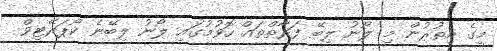
މީގެ އިތުރުން މި ލޯނު ލިބޭ ފަރާތްތައް ހޮވުމުގައި ލޯނު ލިބޭނެ ކޯޕަރޭޓިވް